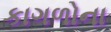
કાગળોના